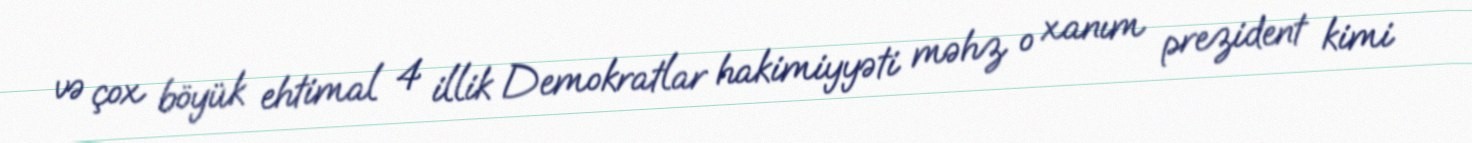
və çox böyük ehtimal 4 illik Demokratlar hakimiyyəti məhz o xanım prezident kimi